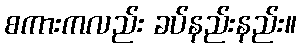
စကားကလည်း ခပ်နည်းနည်း။